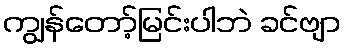
ကျွန်တော့်မြင်းပါဘဲ ခင်ဗျာ